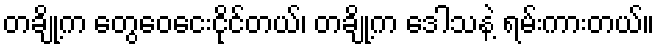
တချို့က တွေဝေငေးငိုင်တယ်၊ တချို့က ဒေါသနဲ့ ရမ်းကားတယ်။